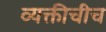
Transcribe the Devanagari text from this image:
व्यक्तीचीच